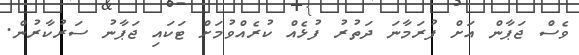
ވެސް ޖަޕާން އަށް ފުރަމާނަ ދަތުރު ފުޅެއް ކުރެއްވުމަށް ޓަކައި ޖަޕާނު ސަރުކާރުން.